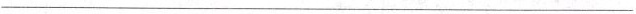
___